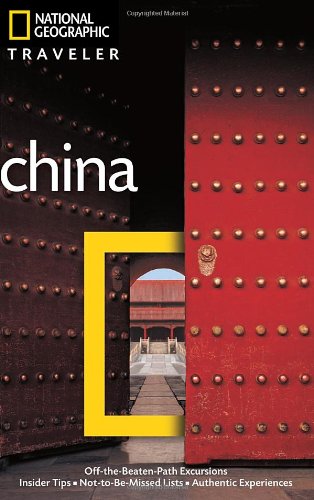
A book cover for National Geographic Traveler: China, 3rd Ed.; Damian Harper; Travel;